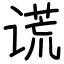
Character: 谎